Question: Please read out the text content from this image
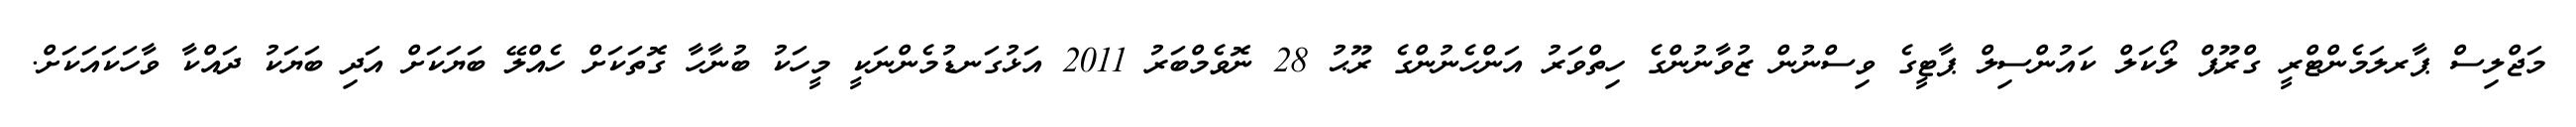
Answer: މަޖްލިސް ޕާރލަމެންޓްރީ ގްރޫޕް ލޯކަލް ކައުންސިލް ޕާޓީގެ ވިސްނުން ޒުވާނުންގެ ހިތްވަރު އަންހެނުންގެ ރޫޙު 28 ނޮވެމްބަރު 2011 އަޅުގަނޑުމެންނަކީ މީހަކު ބުނާހާ ގޮތަކަށް ހެއްލޭ ބަޔަކަށް އަދި ބަޔަކު ދައްކާ ވާހަކައަކަށް.